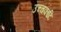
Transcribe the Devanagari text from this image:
उच्चकाटि